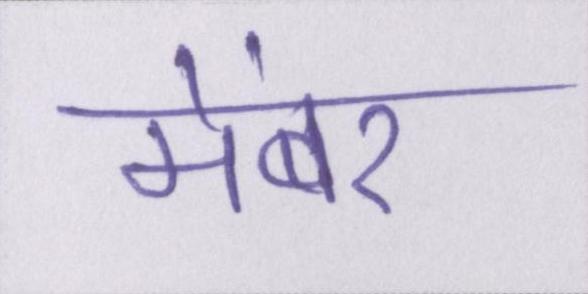
मेंबर